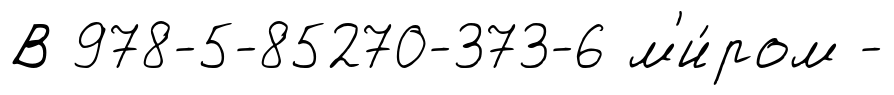
В 978-5-85270-373-6 м'и́ром -